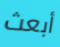
أبعث